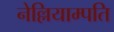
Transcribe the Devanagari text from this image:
नेल्लियाम्पति